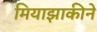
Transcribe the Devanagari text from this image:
मियाझाकीने